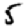
Digit: 5